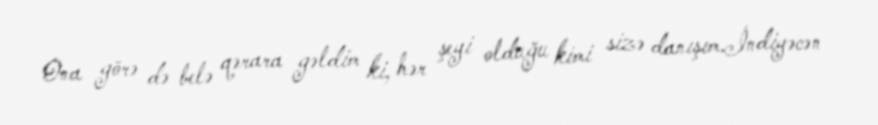
Ona görə də belə qərara gəldim ki, hər şeyi olduğu kimi sizə danışım.İndiyəcən